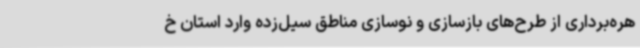
هره‌برداری از طرح‌های بازسازی و نوسازی مناطق سیل‌زده وارد استان خ